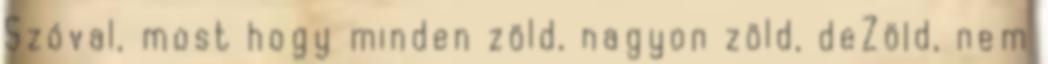
Szóval, most hogy minden zöld, nagyon zöld, deZöld, nem